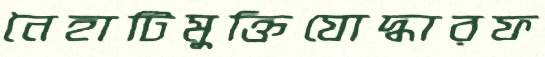
নৈহাটিমুক্তিযোদ্ধারফ